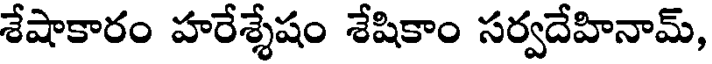
శేషాకారం హరేశ్శేషం శేషికాం సర్వదేహినామ్,